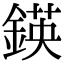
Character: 鍈